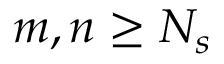
m , n \geq N _ { s }